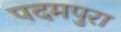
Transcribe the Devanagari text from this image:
पदमपुरा